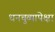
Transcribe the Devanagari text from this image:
धनचुव्यापेक्षा